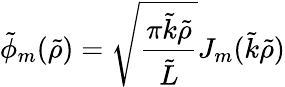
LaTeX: \tilde{\phi}_{m}(\tilde{\rho})=\sqrt{\frac{\pi\tilde{k}\tilde{\rho}}{\tilde{L}}}J_{m}(\tilde{k}\tilde{\rho})